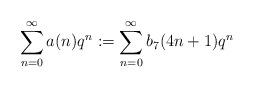
LaTeX: \begin{align*}\sum_{n=0}^{\infty}a(n)q^n:=\sum_{n=0}^{\infty}b_7(4n+1)q^n\end{align*}